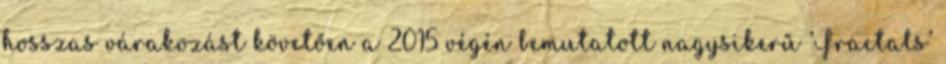
hosszas várakozást követően a 2015 végén bemutatott nagysikerű ’Fractals’